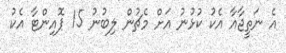
އެ ނަތީޖާއާ އެކު ކުޅުނު އަށް މެޗުން ލިބުނު 15 ޕޮއިންޓާ އެކު